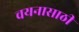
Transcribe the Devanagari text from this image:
चयनासाठी